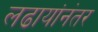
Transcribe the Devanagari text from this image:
लढायांनंतर